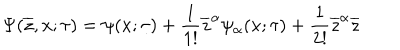
\Psi ( \overline { { { z } } } , x ; \tau ) = \psi ( x ; \tau ) + \frac { 1 } { 1 ! } \overline { { { z } } } ^ { \alpha } \psi _ { \alpha } ( x ; \tau ) + \frac { 1 } { 2 ! } \overline { { { z } } } ^ { \alpha } \overline { { { z } } }